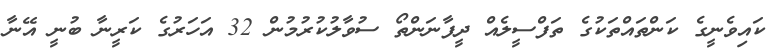
ކައިވެނީގެ ކަންތައްތަކުގެ ތަފްސީލެއް ދީފާނަންތޯ ސުވާލުކުރުމުން 32 އަހަރުގެ ކަރީނާ ބުނީ އޭނާ